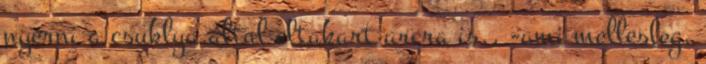
nyerni a csuklya által eltakart arcra is., -ami mellesleg,